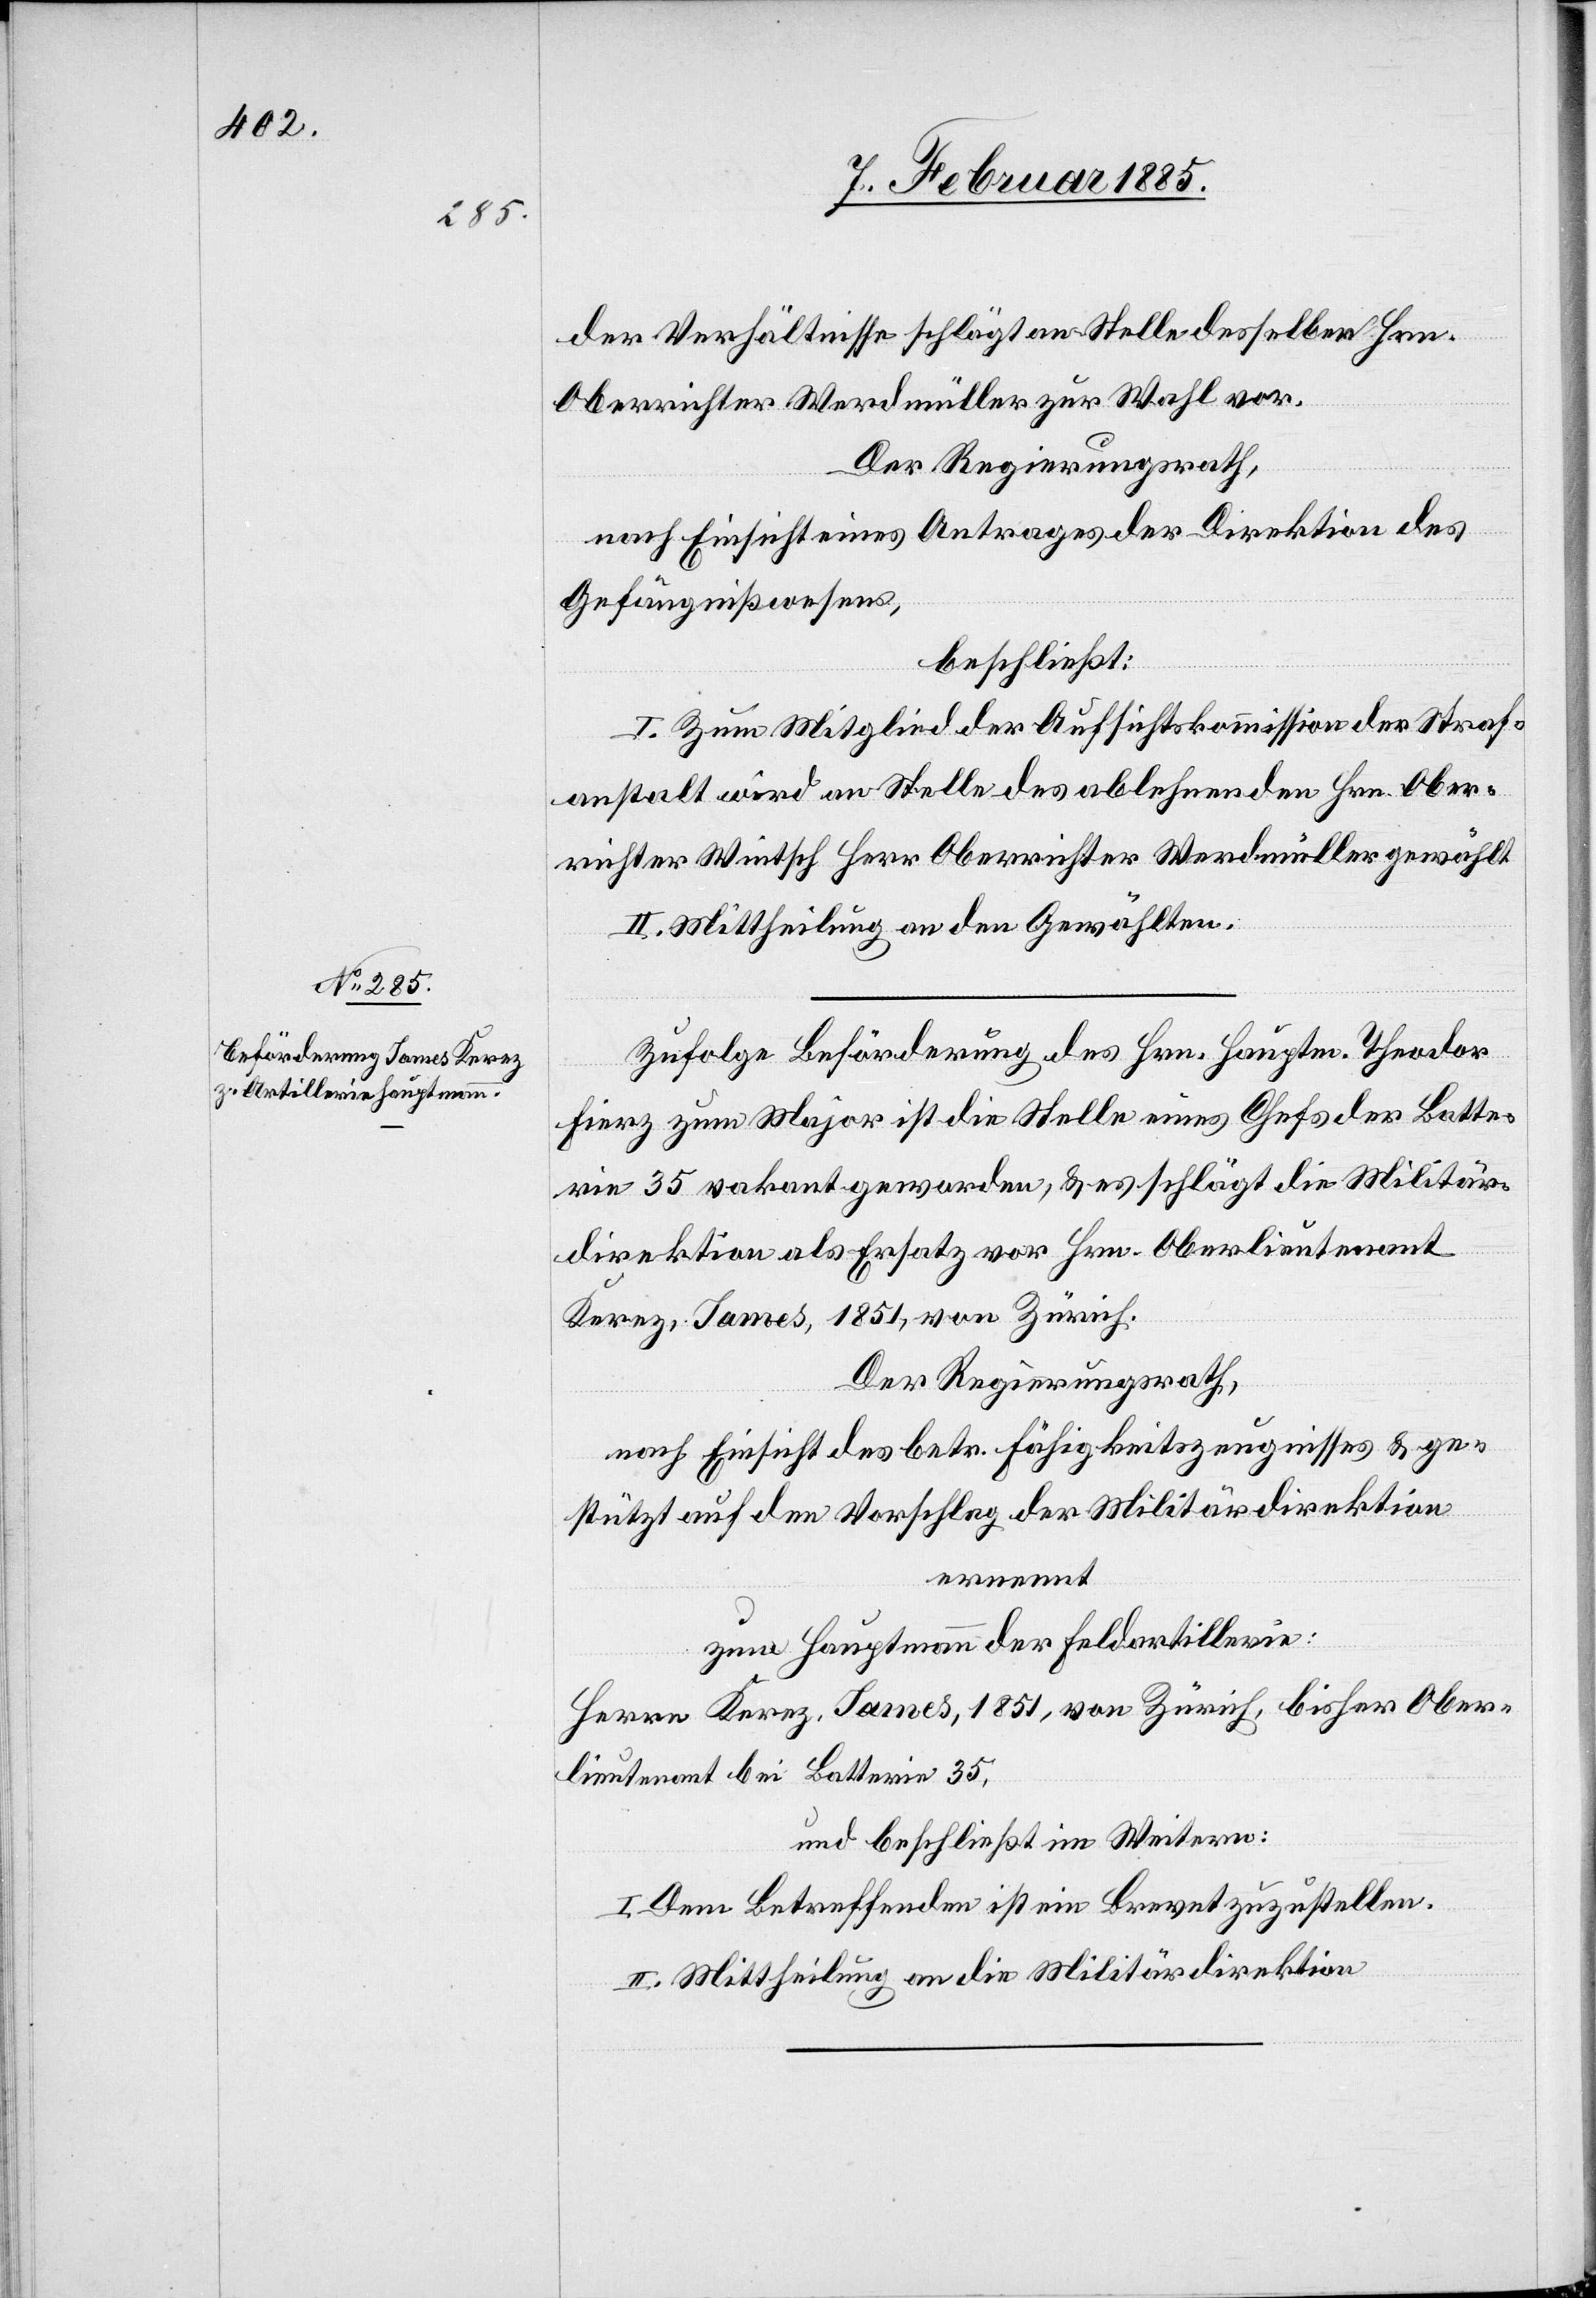
der Verhältnisse schlägt an Stelle desselben Hrn.
Oberrichter Werdmüller zur Wahl vor.
Der Regierungsrath,
nach Einsicht eines Antrages der Direktion des
Gefängnißwesens,
beschließt:
I. Zum Mitglied der Aufsichtskommission der Straf¬
anstalt wird an Stelle des ablehnenden Hrn. Ober¬
richter Wintsch Herr Oberrichter Werdmüller gewählt.
II. Mittheilung an den Gewählten.
Zufolge Beförderung des Hrn. Hauptm. Theodor
Fierz zum Major ist die Stelle eines Chefs der Batte¬
rie 35 vakant geworden, & es schlägt die Militär¬
direktion als Ersatz vor Hrn. Oberlieutenant
Kerez, James, 1851, von Zürich.
Der Regierungsrath,
nach Einsicht des betr. Fähigkeitszeugnisses & ge¬
stützt auf den Vorschlag der Militärdirektion
ernennt
zum Hauptmann der Feldartillerie:
Herrn Kerez, James, 1851, von Zürich, bisher Ober¬
lieutenant bei Batterie 35,
und beschließt im Weitern:
I. Dem Betreffenden ist ein Brevet zuzustellen.
II. Mittheilung an die Militärdirektion.